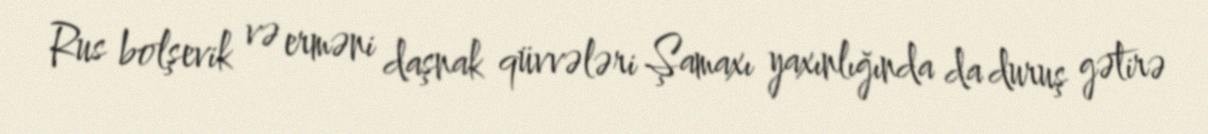
Rus bolşevik və erməni daşnak qüvvələri Şamaxı yaxınlığında da duruş gətirə